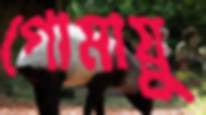
গোমায়ু